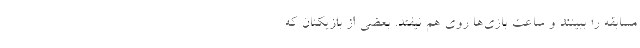
مسابقه را ببینند و ساعت بازی‌ها روی هم نیفتد. بعضی از بازیکنان که